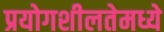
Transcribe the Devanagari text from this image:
प्रयोगशीलतेमध्ये